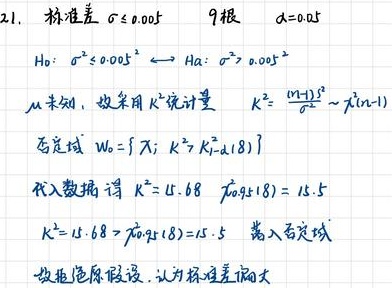
21. 标准差 $\sigma = 0.005$  9根  $\alpha = 0.05$
$H_0: \sigma^2 \leq 0.005^2 \longleftrightarrow H_a: \sigma^2 > 0.005^2$
$\mu$ 未知，故采用 $\chi^2$ 统计量 $\chi^2 = \frac{(n - 1)S^2}{\sigma^2} \sim \chi^2(n - 1)$
否定域 $W_0=\{ \chi; \chi^2 > \chi_{1 - \alpha}^2(8) \}$
代入数据得 $\chi^2 = 15.68$  $\chi_{0.95}^2(8)=15.5$
$\chi^2 = 15.68 > \chi_{0.95}^2(8)=15.5$ 落入否定域
故拒绝原假设，认为标准差偏大